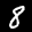
Label: 8